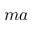
m a